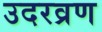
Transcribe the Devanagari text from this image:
उदरव्रण